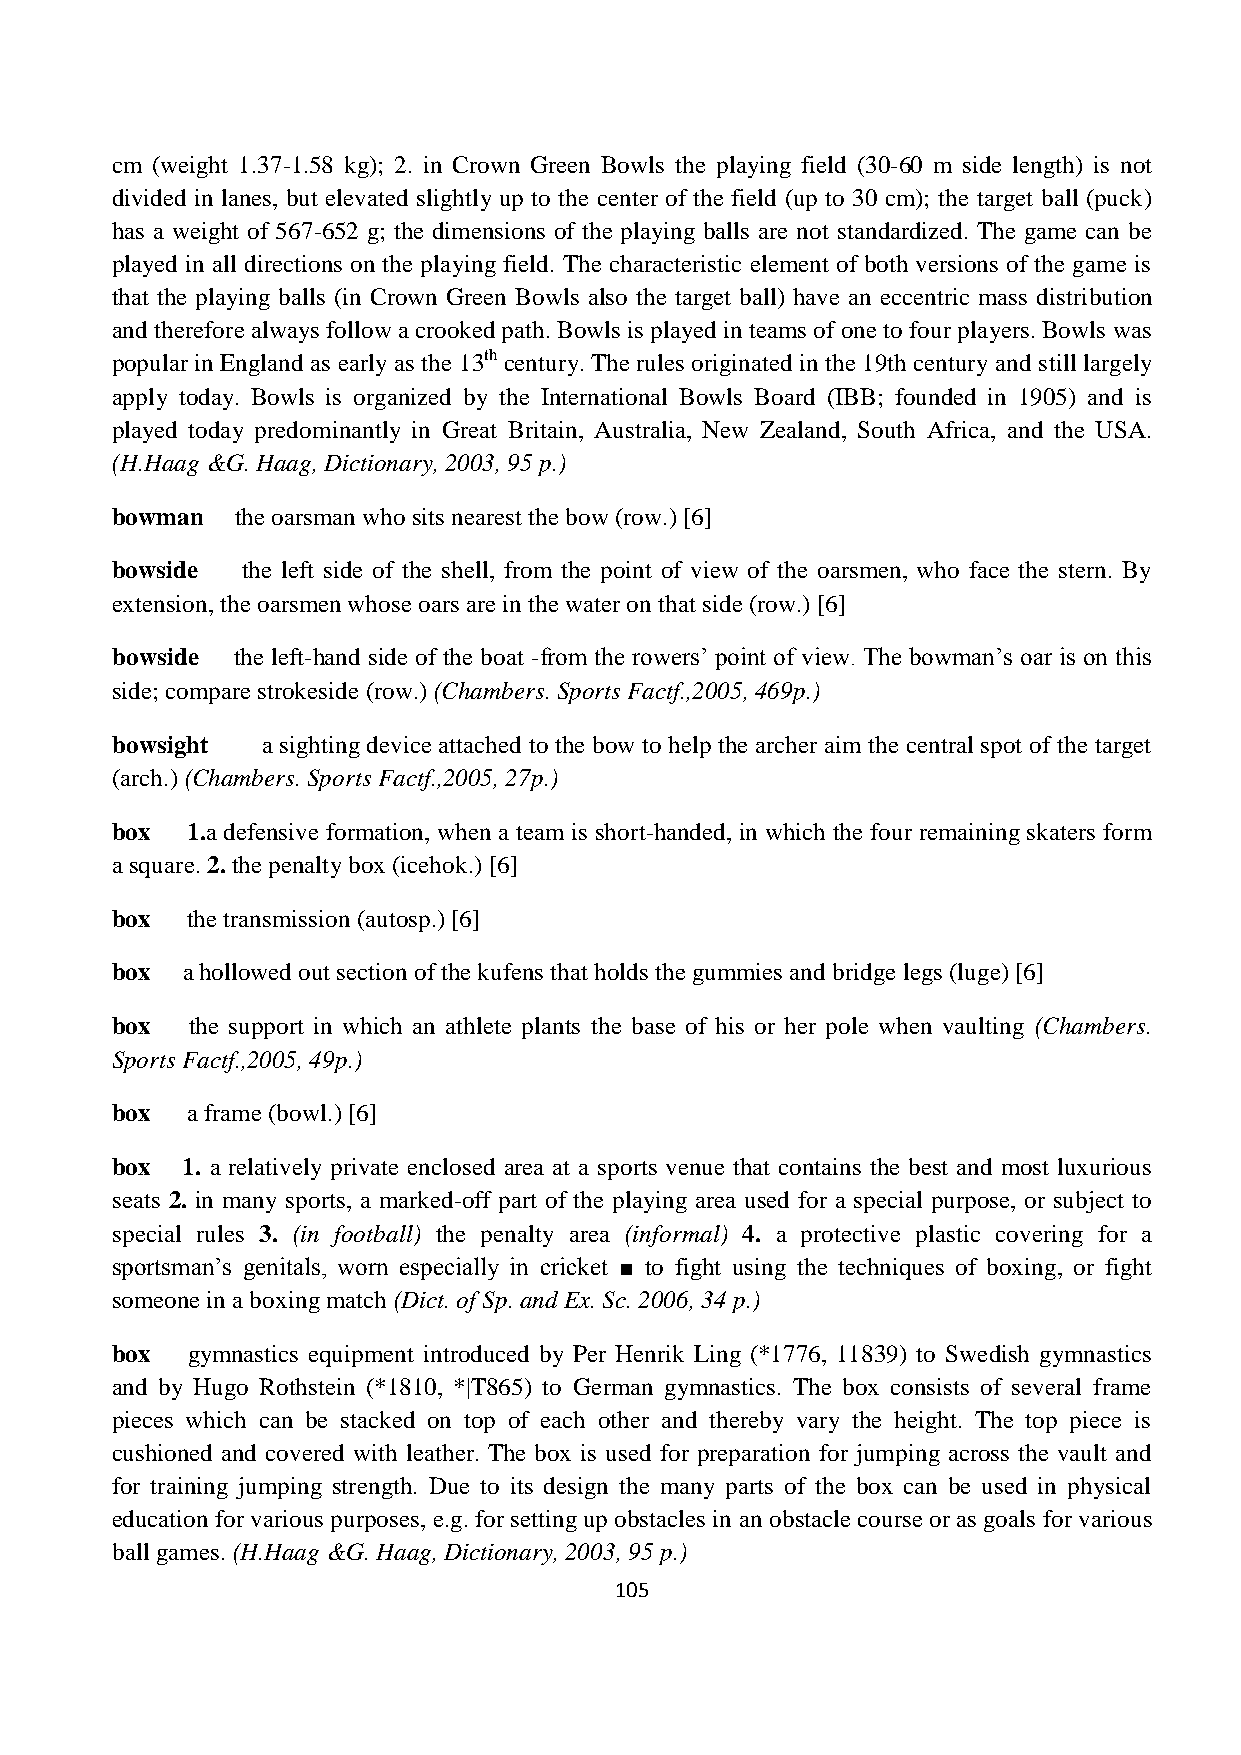
cm (weight 1.37-1.58 kg); 2. in Crown Green Bowls the playing field (30-60 m side length) is not
 divided in lanes, but elevated slightly up to the center of the field (up to 30 cm); the target ball (puck)
 has a weight of 567-652 g; the dimensions of the playing balls are not standardized. The game can be
 played in all directions on the playing field. The characteristic element of both versions of the game is
 that the playing balls (in Crown Green Bowls also the target ball) have an eccentric mass distribution
 and therefore always follow a crooked path. Bowls is played in teams of one to four players. Bowls was
 popular in England as early as the 13th century. The rules originated in the 19th century and still largely
 apply today. Bowls is organized by the International Bowls Board (IBB; founded in 1905) and is
 played today predominantly in Great Britain, Australia, New Zealand, South Africa, and the USA.
 (H.Haag &G. Haag, Dictionary, 2003, 95 p.)
 bowman   the oarsman who sits nearest the bow (row.) [6]
 bowside  the left side of the shell, from the point of view of the oarsmen, who face the stern. By
 extension, the oarsmen whose oars are in the water on that side (row.) [6]
 bowside the left-hand side of the boat -from the rowers’ point of view. The bowman’s oar is on this
 side; compare strokeside (row.) (Chambers. Sports Factf.,2005, 469p.)
 bowsight  a sighting device attached to the bow to help the archer aim the central spot of the target
 (arch.) (Chambers. Sports Factf.,2005, 27p.)
 box  1.a defensive formation, when a team is short-handed, in which the four remaining skaters form
 a square. 2. the penalty box (icehok.) [6]
 box  the transmission (autosp.) [6]
 box  a hollowed out section of the kufens that holds the gummies and bridge legs (luge) [6]
 box   the support in which an athlete plants the base of his or her pole when vaulting (Chambers.
 Sports Factf.,2005, 49p.)
 box  a frame (bowl.) [6]
 box  1. a relatively private enclosed area at a sports venue that contains the best and most luxurious
 seats 2. in many sports, a marked-off part of the playing area used for a special purpose, or subject to
 special rules 3. (in football) the penalty area (informal) 4. a protective plastic covering for a
 sportsman’s genitals, worn especially in cricket ■ to fight using the techniques of boxing, or fight
 someone in a boxing match (Dict. of Sp. and Ex. Sc. 2006, 34 p.)
 box  gymnastics equipment introduced by Per Henrik Ling (*1776, 11839) to Swedish gymnastics
 and by Hugo Rothstein (*1810, *|T865) to German gymnastics. The box consists of several frame
 pieces which can be stacked on top of each other and thereby vary the height. The top piece is
 cushioned and covered with leather. The box is used for preparation for jumping across the vault and
 for training jumping strength. Due to its design the many parts of the box can be used in physical
 education for various purposes, e.g. for setting up obstacles in an obstacle course or as goals for various
 ball games. (H.Haag &G. Haag, Dictionary, 2003, 95 p.)
 105